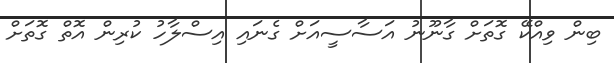
ބިން ވިއްކޭ ގޮތަށް ގާނޫނު އަސާސީއަށް ގެނައި އިސްލާހު ކުރިން އޮތް ގޮތަށް